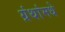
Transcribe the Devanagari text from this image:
ग्रंथांमधे